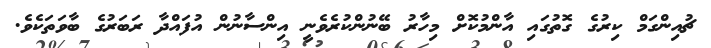
ޗުއިންގަމް ކިރުގެ ގޮތުގައި އާންމުކޮށް މިހާރު ބޭނުންކުރެވެނީ އިންސާނުން އުފައްދާ ރަބަރުގެ ބާވަތަކެވެ.